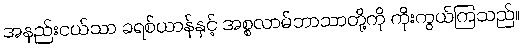
အနည်းငယ်သာ ခရစ်ယာန်နှင့် အစ္စလာမ်ဘာသာတို့ကို ကိုးကွယ်ကြသည်။